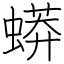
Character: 蟒